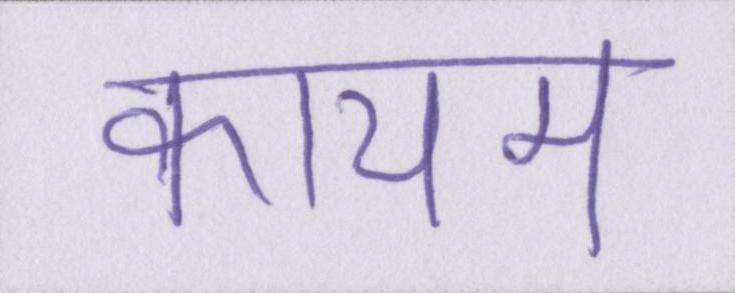
कायम